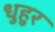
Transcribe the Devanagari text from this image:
धुहुर